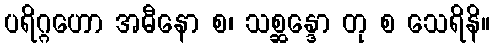
ပရိဂ္ဂဟော အဓီနော စ၊ သစ္ဆန္ဒော တု စ သေရိနိ။